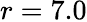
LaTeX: r=7.0